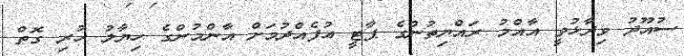
ސުއޫދު ވިދާޅުވީ އާއްމު ރައްޔިތުންގެ ޕާޓީ އުފެއްދުމަށް އާންމުންގެ ހިޔާލު ހުރި ގޮތް